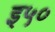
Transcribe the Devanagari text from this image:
इ५०